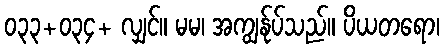
၀၃၃+၀၃၄+ လျှင်။ မမ၊ အကျွန်ုပ်သည်။ ပိယတရော၊